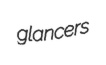
glancers